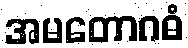
အမတောဂဓံ